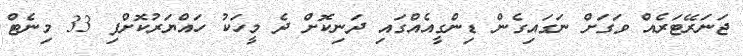
ޖަނަރޭޓަރެއް ވަގަށް ނަގައިގެން ޑިންގީއެއްގައި ދަނިކޮށް ދެ މީހަކު ހައްޔަރުކޮށްފި 33 މިނެޓް